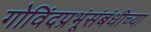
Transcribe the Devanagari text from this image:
गोविंदप्रभूंसंबंधीच्या